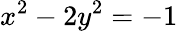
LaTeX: x^{2}-2y^{2}=-1